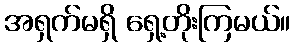
အရှက်မရှိ ရှေ့တိုးကြမယ်။